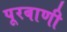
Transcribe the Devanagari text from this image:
पूरबाणी